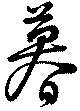
暮